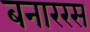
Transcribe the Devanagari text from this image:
बनाररस